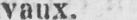
vaux.